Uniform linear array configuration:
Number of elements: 8
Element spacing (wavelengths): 0.5
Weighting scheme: hann
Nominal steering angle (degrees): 15
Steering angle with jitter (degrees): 15.061
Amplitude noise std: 0.05
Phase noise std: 0.05

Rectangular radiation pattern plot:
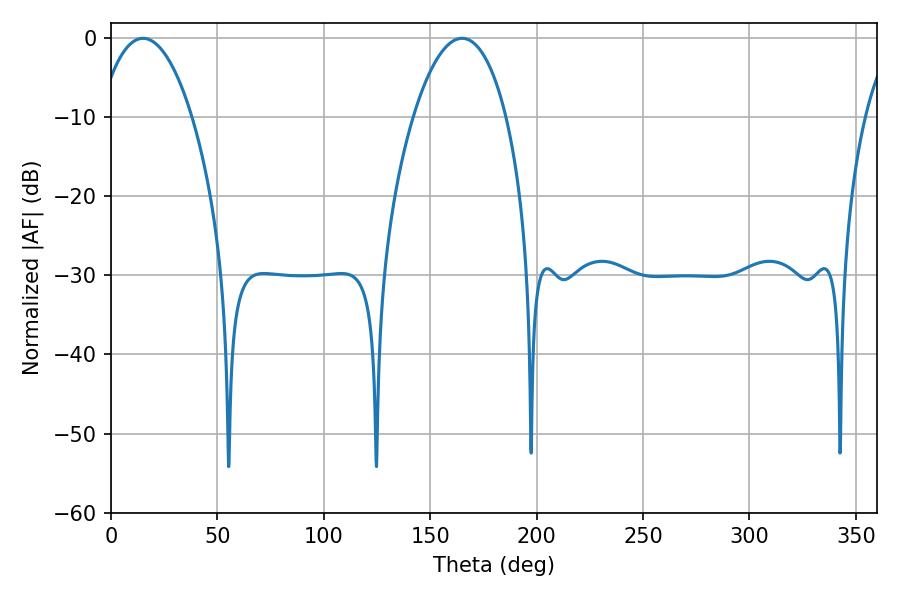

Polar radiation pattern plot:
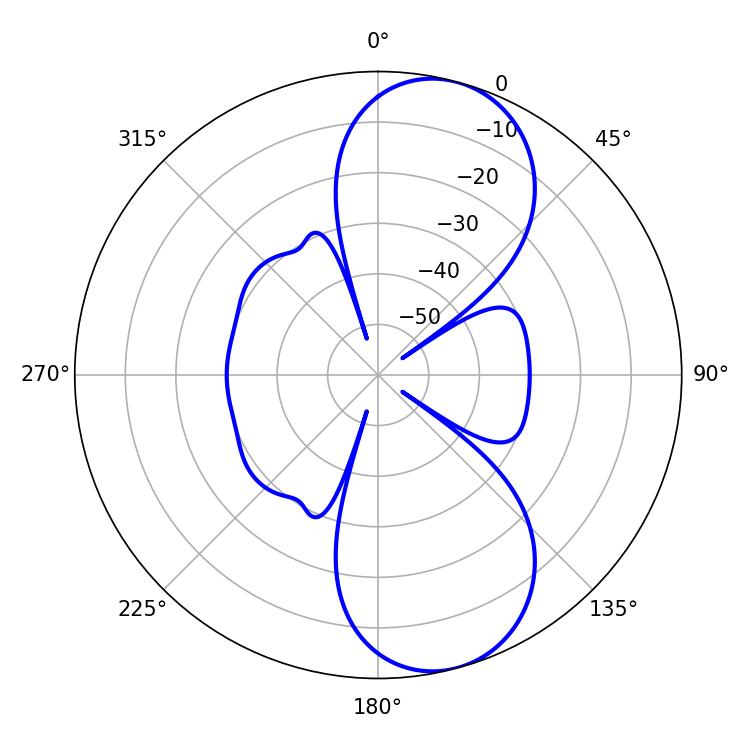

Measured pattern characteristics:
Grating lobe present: FALSE
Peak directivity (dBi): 9.202
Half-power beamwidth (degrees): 24.3
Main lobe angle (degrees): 15.12